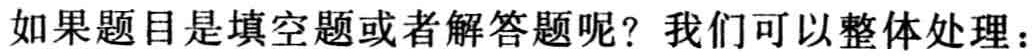
如果题目是填空题或者解答题呢？我们可以整体处理：